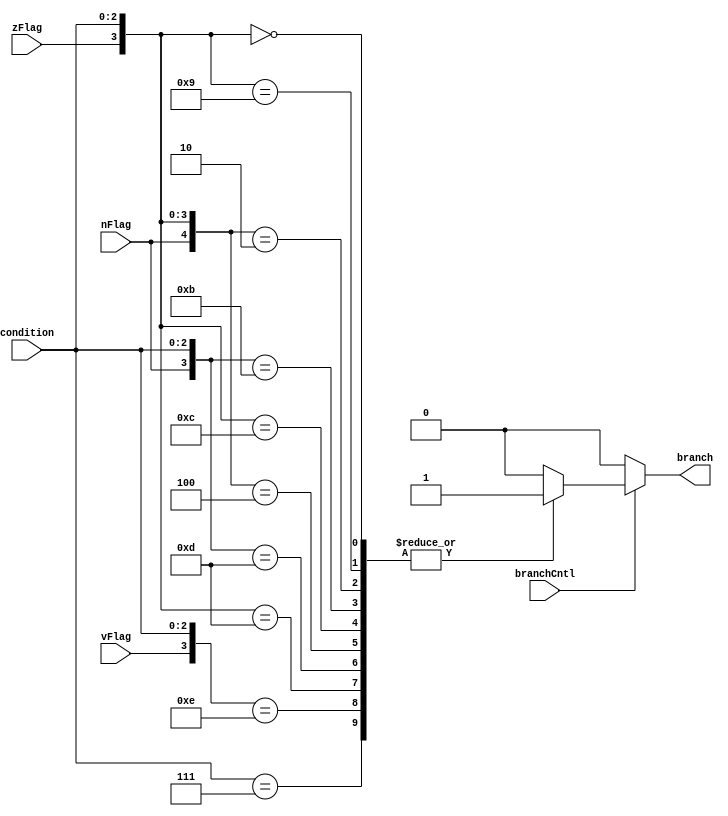
module branchLUT(condition, branchCntl, nFlag, vFlag, zFlag, branch);

	input [2:0] condition;
	input branchCntl, nFlag, vFlag, zFlag;
	output reg branch;

	always @ (*) begin
		branch = 0;
		if(branchCntl) begin
			casex(    {nFlag, zFlag, vFlag , condition}) // rows of table 1
				{3'bx0x, 3'b000}, 			//Not Equal (Z = 0) 
				{3'bx1x, 3'b001}, 			//Equal (Z = 1) 
				{3'b00x, 3'b010}, 			//Greater Than (Z = N = 0) 
				{3'b1xx, 3'b011}, 			//Less Than (N = 1)  
				{3'bx1x, 3'b100},{3'b00x, 3'b100},	//Greater Than or Equal (Z = 1 or Z = N = 0) 
				{3'b1xx, 3'b101},{3'bx1x, 3'b101},	//Less Than or Equal ( N = 1 or Z = 1) 
				{3'bxx1, 3'b110}, 			//Overflow (V = 1) 
				{3'bxxx, 3'b111}: 			//Unconditional 
				 branch = 1;
			endcase
		end
	end
endmodule